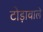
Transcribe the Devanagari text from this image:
टोड़ावाले